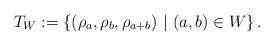
LaTeX: \begin{align*} T_W := \left\{ (\rho_a, \rho_b, \rho_{a+b}) \ | \ (a,b) \in W \right\}.\end{align*}